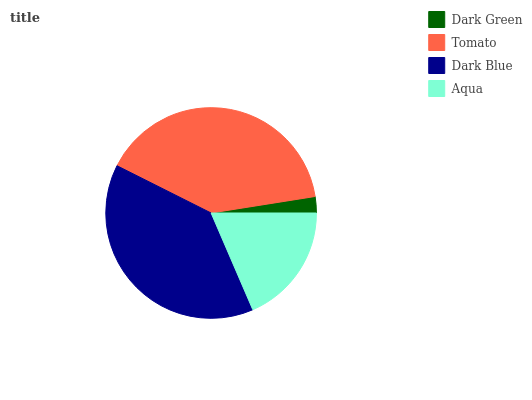
| Dark Green | Tomato | Dark Blue | Aqua |
 | --- | --- | --- | --- |
 | 2.5% | 40.1% | 38.9% | 18.5% |